Indian Civil Veterinary Department memoirs
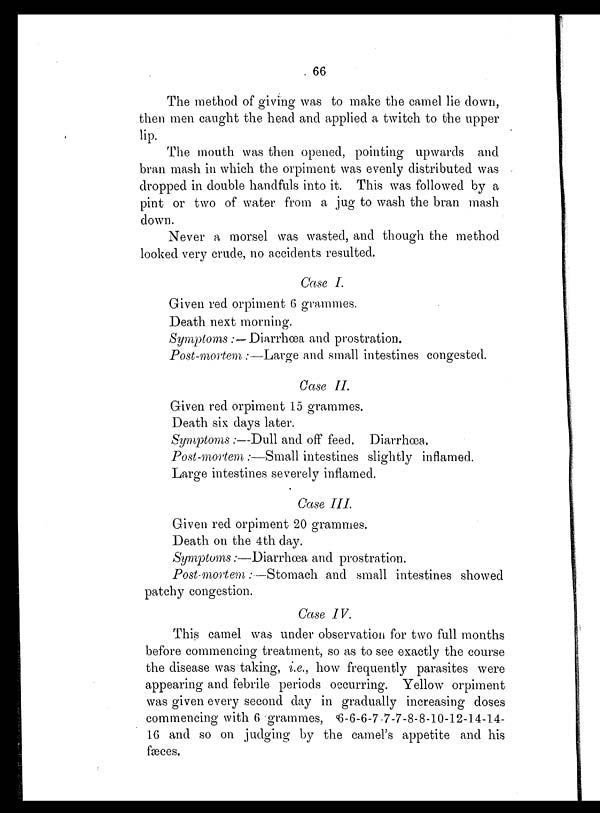
66
The method of giving was to make the camel lie down,
then men caught the head and applied a twitch to the upper
lip.
The mouth was then opened, pointing upwards and
bran mash in which the orpiment was evenly distributed was
dropped in double handfuls into it. This was followed by a
pint or two of water from a jug to wash the bran mash
down.
Never a morsel was wasted, and though the method
looked very crude, no accidents resulted.
Case I.
Given red orpiment 6 grammes.
Death next morning.
Symptoms:—Diarrhœa and prostration.
Post-mortem:—Large and small intestines congested.
Case II.
Given red orpiment 15 grammes.
Death six days later.
Symptoms:—Dull and off feed. Diarrhœa.
Post-mortem:—Small intestines slightly inflamed.
Large intestines severely inflamed.
Case III.
Given red orpiment 20 grammes.
Death on the 4th day.
Symptoms:—Diarrhœa and prostration.
Post-mortem:—Stomach and small intestines showed
patchy congestion.
Case IV.
This camel was under observation for two full months
before commencing treatment, so as to see exactly the course
the disease was taking, i.e., how frequently parasites were
appearing and febrile periods occurring. Yellow orpiment
was given every second day in gradually increasing doses
commencing with 6 grammes, 6-6-6-7-7-7-8-8-10-12-14-14-
16 and so on judging by the camel's appetite and his
fæces.